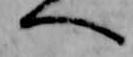
へ